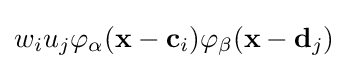
w_{i}u_{j}\varphi _{\alpha }(\mathbf {x} -\mathbf {c} _{i})\varphi _{\beta }(\mathbf {x} -\mathbf {d} _{j})